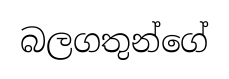
බලගතුන්ගේ